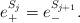
LaTeX: \begin{align*} e^{S_j} _{+}=e^{S_{j+1}} _{-}. \end{align*}